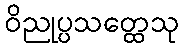
ဝိညုပ္ပသတ္ထေသု